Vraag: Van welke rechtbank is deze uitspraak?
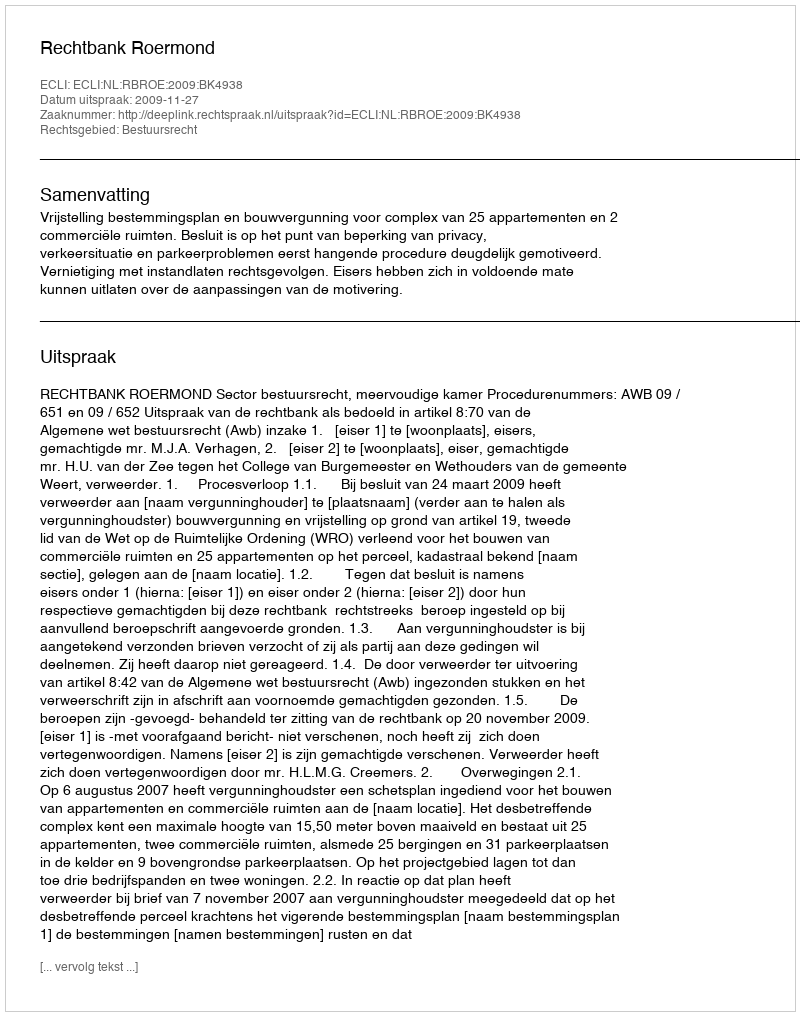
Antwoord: Rechtbank Roermond